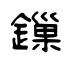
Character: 鏁